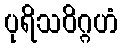
ပုရိသဝိဂ္ဂဟံ